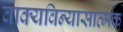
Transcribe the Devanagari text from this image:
वाक्यविन्यासात्मक